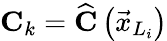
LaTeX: \mathbf{C}_{k}=\widehat{\mathbf{C}}\left(\vec{x}_{L_{i}}\right)